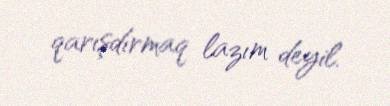
qarışdırmaq lazım deyil.